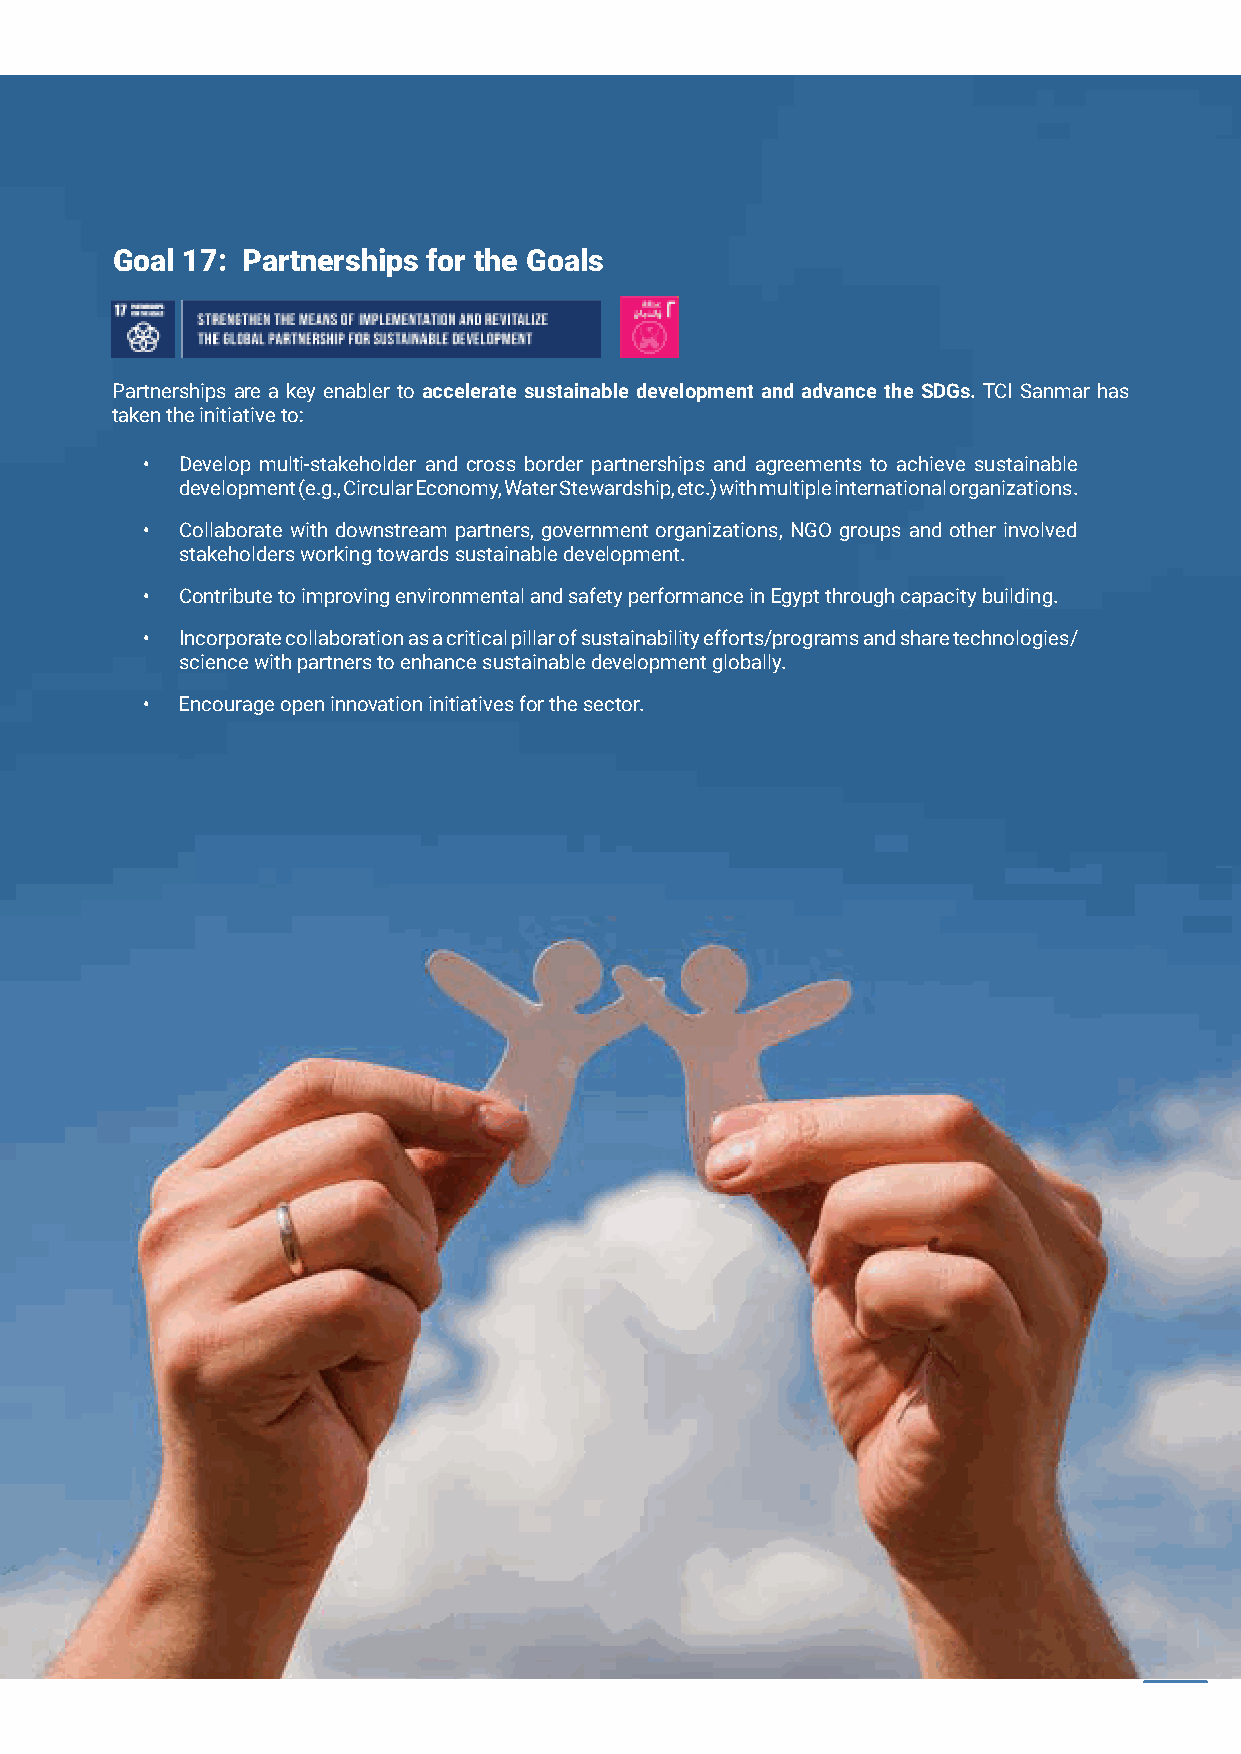
Goal 14: Life Below Water Goal 17: Partnerships for the Goals
 • The petrochemical sector works with others in the value chain to reduce marine pollution of all kinds, including Partnerships are a key enabler to accelerate sustainable development and advance the SDGs. TCI Sanmar has
 nutrient pollution and the prevention and reduction of ocean plastic waste. taken the initiative to:
 • TCI Sanmar has two state-of-the-art zero liquid discharge units which ensures that treated water is free of • Develop multi-stakeholder and cross border partnerships and agreements to achieve sustainable
 anychemicals before it is directed to wastewater treatment system. development (e.g., Circular Economy, Water Stewardship, etc.) with multiple international organizations.
 • The company ensures that none of its operations has a negative impact on biodiversity bothin water or on • Collaborate with downstream partners, government organizations, NGO groups and other involved
 land.       stakeholders working towards sustainable development.
 •  Contribute to improving environmental and safety performance in Egypt through capacity building.
 Goal 15: Life on Land
 •  Incorporate collaboration as a critical pillar of sustainability efforts/programs and share technologies/
 science with partners to enhance sustainable development globally.
 •  Encourage open innovation initiatives for the sector.
 • TCI Sanmar measures and manages its environmental impacts and dependencies. This includes efforts to
 mitigate negative impacts that some products can have on the ecosystem and biodiversity by improving
 product formulations and design as well as managing such products further downstream.
 • TCI Sanmar directly reduces its impacts on land and other natural resources through improving operational
 management and investing in activities that halt environmental degradation and protect critical ecosystems
 such as the project of planting 4000 trees around the factory, which was commissioned last year, which works
 on purifying the air and protecting biodiversity.
 Goal 16: Peace, Justice, and Strong Institutions
 • TCI Sanmar is focused on maintaining standards of ethical business conduct throughout its value chain. This
 is achieved through partnerships that allows the company to reduce corruption wherever it may exist in the
 supply chain.
 • TCI Sanmar suppliers are regularly screened to ensure that none of them employ children, that they abide by
 national and international laws and regulations, that they maintain an ethical working environment free form
 any form of corruption, harassment, or racism, and a scorecard is kept for each supplier to regularly assess his
 performance, and if any of thesupplier falls below a certain score, the contract is terminated, and a substitute
 is found immediately.
 122 TCI SANMAR CHEMICALS S.A.E                          2020 SUSTAINABILITY REPORT 111 272 33